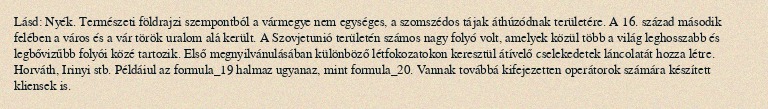
Lásd: Nyék. Természeti földrajzi szempontból a vármegye nem egységes, a szomszédos tájak áthúzódnak területére. A 16. század második felében a város és a vár török uralom alá került. A Szovjetunió területén számos nagy folyó volt, amelyek közül több a világ leghosszabb és legbővizűbb folyói közé tartozik. Első megnyilvánulásában különböző létfokozatokon keresztül átívelő cselekedetek láncolatát hozza létre. Horváth, Irinyi stb. Példáiul az formula_19 halmaz ugyanaz, mint formula_20. Vannak továbbá kifejezetten operátorok számára készített kliensek is.